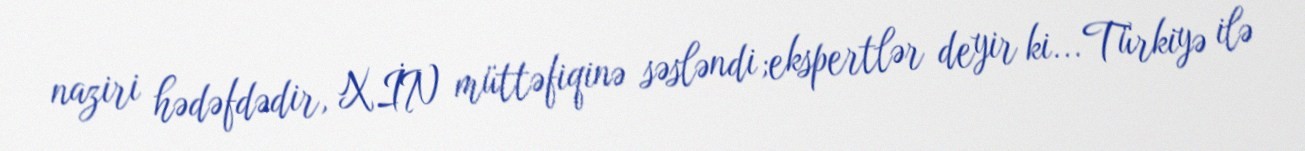
naziri hədəfdədir, XİN müttəfiqinə səsləndi;ekspertlər deyir ki... Türkiyə ilə